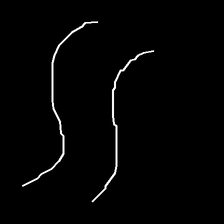
Glyph: float